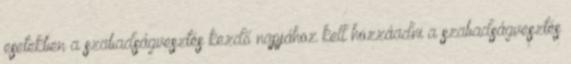
esetekben a szabadságvesztés kezdő napjához kell hozzáadni a szabadságvesztés